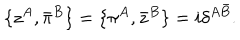
LaTeX: \{ z ^ { A } , \bar { \pi } ^ { B } \} = \{ \pi ^ { A } , \bar { z } ^ { B } \} = i \delta ^ { A \bar { B } } .